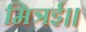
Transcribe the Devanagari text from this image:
मित्रई।।